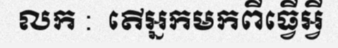
លក :  តើអ្នកមកពីធ្វើអ្វី